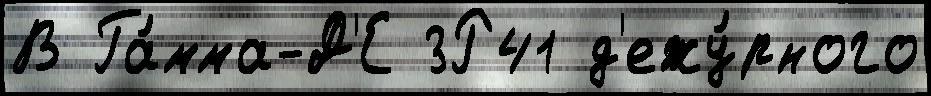
В Га́мма-Д'Е 3Р41 д'ежу́рного